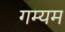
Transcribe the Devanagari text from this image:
गम्यम